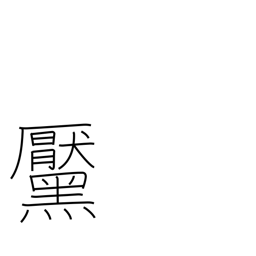
Meaning: mole